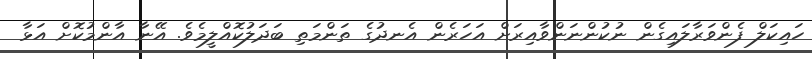
ހައިކަލް ފެންވަރާލައިގެން ނުކުންނަންވާއިރަށް އަހަރެން އެނދުގެ ތަންމަތި ބަދަލުކޮއްލީމެވެ. އޭނާ އާންމުކޮށް އަޅާ